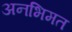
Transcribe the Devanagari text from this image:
अनभिमत